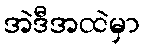
အဲဒီအထဲမှာ